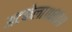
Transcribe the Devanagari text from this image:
अटकेला॥८०॥